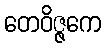
တေဝိဇ္ဇကေ